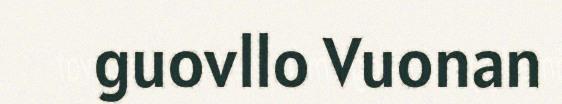
guovllo Vuonan